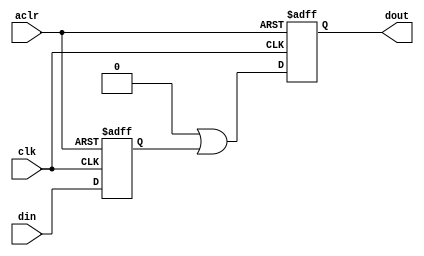
// (C) 2001-2016 Altera Corporation. All rights reserved.
// Your use of Altera Corporation's design tools, logic functions and other 
// software and tools, and its AMPP partner logic functions, and any output 
// files any of the foregoing (including device programming or simulation 
// files), and any associated documentation or information are expressly subject 
// to the terms and conditions of the Altera Program License Subscription 
// Agreement, Altera MegaCore Function License Agreement, or other applicable 
// license agreement, including, without limitation, that your use is for the 
// sole purpose of programming logic devices manufactured by Altera and sold by 
// Altera or its authorized distributors.  Please refer to the applicable 
// agreement for further details.


// $Id: $
// $Revision: $
// $Date: $
// $Author: $
//-----------------------------------------------------------------------------

// Copyright 2012 Altera Corporation. All rights reserved.  
// Altera products are protected under numerous U.S. and foreign patents, 
// maskwork rights, copyrights and other intellectual property laws.  
//
// This reference design file, and your use thereof, is subject to and governed
// by the terms and conditions of the applicable Altera Reference Design 
// License Agreement (either as signed by you or found at www.altera.com).  By
// using this reference design file, you indicate your acceptance of such terms
// and conditions between you and Altera Corporation.  In the event that you do
// not agree with such terms and conditions, you may not use the reference 
// design file and please promptly destroy any copies you have made.
//
// This reference design file is being provided on an "as-is" basis and as an 
// accommodation and therefore all warranties, representations or guarantees of 
// any kind (whether express, implied or statutory) including, without 
// limitation, warranties of merchantability, non-infringement, or fitness for
// a particular purpose, are specifically disclaimed.  By making this reference
// design file available, Altera expressly does not recommend, suggest or 
// require that this reference design file be used in combination with any 
// other product not provided by Altera.
/////////////////////////////////////////////////////////////////////////////


`timescale 1 ps / 1 ps

// baeckler - 01-08-2012

module sync_regs_aclr_m2 #(
	parameter WIDTH = 32,
	parameter DEPTH = 2		// minimum of 2
)(
	input clk,
	input aclr,
	input [WIDTH-1:0] din,
	output [WIDTH-1:0] dout
);

reg [WIDTH-1:0] din_meta = 0 /* synthesis preserve dont_replicate */
/* synthesis ALTERA_ATTRIBUTE = "-name SDC_STATEMENT \"set_multicycle_path -to [get_keepers *sync_regs_aclr_m*din_meta\[*\]] 2\" " */ ;

reg [WIDTH*(DEPTH-1)-1:0] sync_sr = 0 /* synthesis preserve dont_replicate */
/* synthesis ALTERA_ATTRIBUTE = "-name SDC_STATEMENT \"set_false_path -hold -to [get_keepers *sync_regs_aclr_m*din_meta\[*\]]\" " */ ;


always @(posedge clk or posedge aclr) begin
	if (aclr) begin 
		din_meta <= {WIDTH{1'b0}};
		sync_sr <= {(WIDTH*(DEPTH-1)){1'b0}};
	end
	else begin
		din_meta <= din;
		sync_sr <= (sync_sr << WIDTH) | din_meta;
	end
end
assign dout = sync_sr[WIDTH*(DEPTH-1)-1:WIDTH*(DEPTH-2)];

endmodule

// BENCHMARK INFO :  5SGXEA7N2F45C2
// BENCHMARK INFO :  Max depth :  0.0 LUTs
// BENCHMARK INFO :  Total registers : 64
// BENCHMARK INFO :  Total pins : 66
// BENCHMARK INFO :  Total virtual pins : 0
// BENCHMARK INFO :  Total block memory bits : 0
// BENCHMARK INFO :  Comb ALUTs :                         ; 1               ;       ;
// BENCHMARK INFO :  ALMs : 17 / 234,720 ( < 1 % )
// BENCHMARK INFO :  Worst setup path @ 468.75MHz : 1.702 ns, From din_meta[22], To sync_sr[22]}
// BENCHMARK INFO :  Worst setup path @ 468.75MHz : 1.705 ns, From din_meta[13], To sync_sr[13]}
// BENCHMARK INFO :  Worst setup path @ 468.75MHz : 1.708 ns, From din_meta[13], To sync_sr[13]}